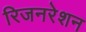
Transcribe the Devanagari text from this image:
रिजनरेशन